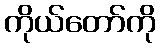
ကိုယ်တော်ကို